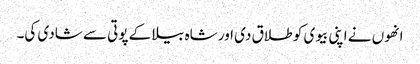
انھوں نے اپنی بیوی کو طلاق دی اور شاہ بیلا کے پوتی سے شادی کی۔